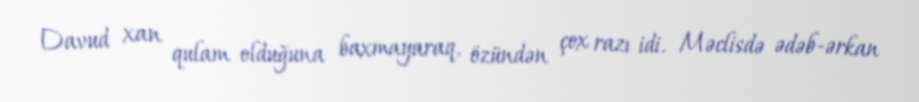
Davud xan qulam olduğuna baxmayaraq, özündən çox razı idi. Məclisdə ədəb-ərkan